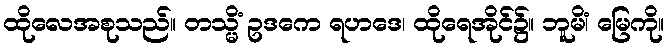
ထိုလေအစုသည်။ တသ္မိံ ဥဒကေ ရဟဒေ၊ ထိုရေအိုင်၌။ ဘူမိံ၊ မြေကို။